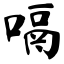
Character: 嗝